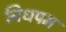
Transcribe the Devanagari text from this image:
निधपम